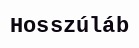
Hosszúláb